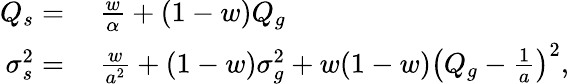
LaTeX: \begin{array}{rl}{Q_{s}=}&{{}\ \frac{w}{\alpha}+(1-w)Q_{g}}\\ {\sigma_{s}^{2}=}&{{}\ \frac{w}{a^{2}}+(1-w)\sigma_{g}^{2}+w(1-w)\left(Q_{g}-\frac{1}{a}\right)^{2},}\end{array}